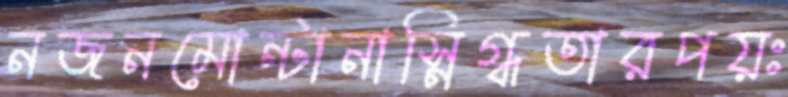
নজনমোন্টানাস্নিগ্ধতারপয়ঃ